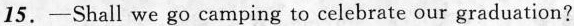
15.—Shall we go camping to celebrate our graduation?